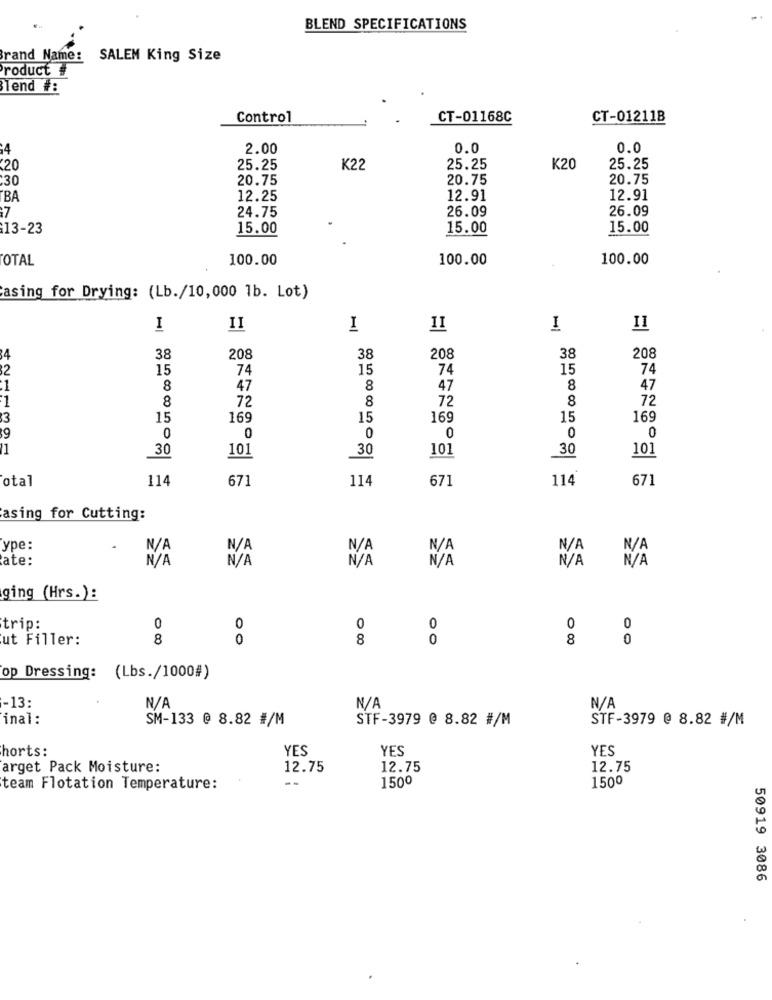
BLEND SPECIFICATIONS
Brand Name:
SALEM King Size
roduct #
Tend #:
Control
CT-01168C
CT-01211B
4
2.00
0.0
0.0
20
25.25
K22
25.25
K20
25.25
:30
20.75
20.75
20.75
BA
12.25
12.91
12.91
:7
24.75
26.09
26.09
13-23
15.00
15.00
15.00
OTAL
100.00
100.00
100.00
asing for Drying: (Lb./10,000 1b. Lot)
I
II
I
II
I
4
38
208
38
208
38
208
82
15
74
15
74
15
74
:1
8
47
8
47
8
47
1
8
72
8
72
8
72
$3
15
169
15
169
15
169
0
39
0
0
0
0
0
30
101
30
101
30
101
otal
114
671
114
671
114
671
asing for Cutting:
ype:
ate:
N / A
N /A
N / A
N /A
ging (Hrs.):
trip:
0
0
0
0
0
0
ut Filler:
8
0
8
0
8
0
op Dressing: (Lbs./1000#)
-13:
inal:
SM-133 @ 8.82 #/M
STF-3979 @ 8.82 #/M
STF-3979 @ 8.82 #/M
horts:
YES
YES
YES
arget Pack Moisture:
12.75
12.75
12.75
1500
1500
team Flotation Temperature:
50919 3086